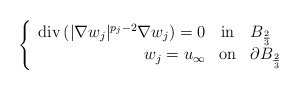
\begin{align*} \left \{\begin{array}{rcl} \mathrm{div} \left( |\nabla w_j|^{p_j-2} \nabla w_j \right) = 0 & \textrm{in} & B_{\frac{2}{3}}\\ w_j = u_\infty & \textrm{on} & \partial B_{\frac{2}{3}}\\\end{array}\right.\end{align*}